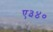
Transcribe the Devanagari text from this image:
ए३४०